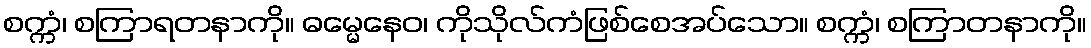
စက္ကံ၊ စကြာရတနာကို။ ဓမ္မေနေဝ၊ ကိုသိုလ်ကံဖြစ်စေအပ်သော။ စက္ကံ၊ စကြာတနာကို။